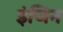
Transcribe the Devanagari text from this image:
इंजिन